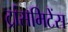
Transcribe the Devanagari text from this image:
ट्रांसमिटेंस